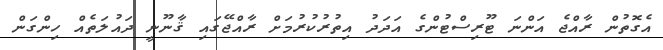
އެގޮތުން ރާއްޖެ އަންނަ ޓޫރިސްޓުންގެ އަދަދު އިތުރުކުރުމަށް ރާއްޖޭގައި ޤާނޫނީ ދައުލަތެއް ހިންގަން